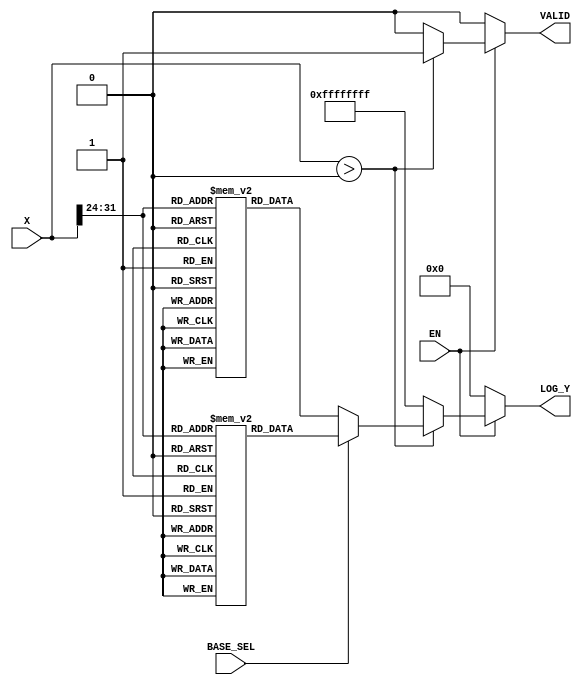
module LogarithmicUnit (
    input wire [31:0] X,          // Input Data (32-bit fixed-point)
    input wire BASE_SEL,          // Base Selector (0 for base 2, 1 for base 10)
    input wire EN,                // Enable signal
    output reg [31:0] LOG_Y,      // Logarithmic Result (32-bit fixed-point)
    output reg VALID              // Valid signal
);

    // Internal signals
    reg [31:0] log2_table [0:255]; // Lookup table for base 2 logarithm
    reg [31:0] log10_table [0:255]; // Lookup table for base 10 logarithm
    reg [31:0] normalized_input;    // Normalized input value
    integer i;

    // Initialization of lookup tables
    initial begin
        // Populate log2_table with values for log base 2
        for (i = 0; i < 256; i = i + 1) begin
            log2_table[i] = $rtoi($ln(i) / $ln(2)) << 24; // Scale for fixed-point
        end
        
        // Populate log10_table with values for log base 10
        for (i = 0; i < 256; i = i + 1) begin
            log10_table[i] = $rtoi($ln(i) / $ln(10)) << 24; // Scale for fixed-point
        end
    end

    // Input Preprocessing and Logarithmic Calculation
    always @(*) begin
        if (EN) begin
            if (X > 0) begin
                // Normalize input (assuming X is in fixed-point format)
                normalized_input = X >> 24; // Adjust based on fixed-point scaling

                // Logarithmic Calculation
                if (BASE_SEL == 1'b0) begin
                    // Base 2 logarithm
                    LOG_Y = log2_table[normalized_input[7:0]];
                end else begin
                    // Base 10 logarithm
                    LOG_Y = log10_table[normalized_input[7:0]];
                end
                VALID = 1'b1; // Set VALID signal
            end else begin
                LOG_Y = 32'hFFFFFFFF; // Indicate error for non-positive input
                VALID = 1'b0; // Invalid output
            end
        end else begin
            LOG_Y = 32'h00000000; // Default output when not enabled
            VALID = 1'b0; // Invalid output
        end
    end

endmodule